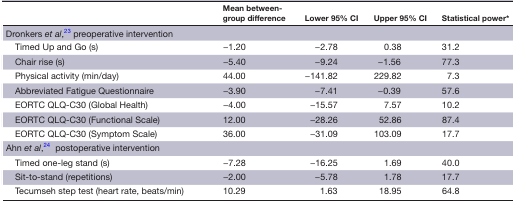
|  | Mean between-group difference | Lower 95% CI | Upper 95% CI | Statistical power* |
 | --- | --- | --- | --- | --- |
 | Dronkers et al,23﻿ preoperative intervention |  |  |  |  |
 | Timed Up and Go (s) | −1.20 | −2.78 | 0.38 | 31.2 |
 | Chair rise (s) | −5.40 | −9.24 | −1.56 | 77.3 |
 | Physical activity (min/day) | 44.00 | −141.82 | 229.82 | 7.3 |
 | Abbreviated Fatigue Questionnaire | −3.90 | −7.41 | −0.39 | 57.6 |
 | EORTC QLQ-C30 (Global Health) | −4.00 | −15.57 | 7.57 | 10.2 |
 | EORTC QLQ-C30 (Functional Scale) | 12.00 | −28.26 | 52.86 | 87.4 |
 | EORTC QLQ-C30 (Symptom Scale) | 36.00 | −31.09 | 103.09 | 17.7 |
 | Ahn et al,24 ﻿ postoperative intervention |  |  |  |  |
 | Timed one-leg stand (s) | −7.28 | −16.25 | 1.69 | 40.0 |
 | Sit-to-stand (repetitions) | −2.00 | −5.78 | 1.78 | 17.7 |
 | Tecumseh step test (heart rate, beats/min) | 10.29 | 1.63 | 18.95 | 64.8 |